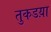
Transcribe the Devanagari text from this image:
तुकडय़ा